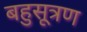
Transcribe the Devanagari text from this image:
बहुसूत्रण